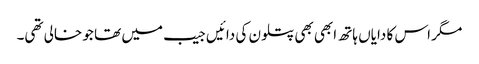
مگر اس کا دایاں ہاتھ ابھی بھی پتلون کی دائیں جیب میں تھا جو خالی تھی۔